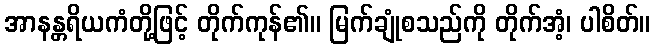
အာနန္တရိယကံတို့ဖြင့် တိုက်ကုန်၏။ မြက်ချုံစသည်ကို တိုက်အံ့၊ ပါစိတ်။